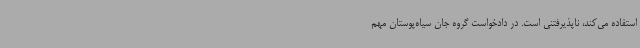
استفاده می‌کند، ناپذیرفتنی است. در دادخواست گروه جان سیاه‌پوستان مهم